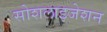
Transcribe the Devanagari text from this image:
सोशलाइजेशन